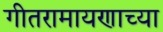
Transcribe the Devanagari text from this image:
गीतरामायणाच्या